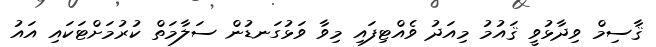
ޤާސިމް ވިދާޅުވީ ޤައުމު މިއަދު ވެއްޓިފައި މިވާ ވަޅުގަނޑުން ސަލާމަތް ކުރުމަށްޓަކައި އައު